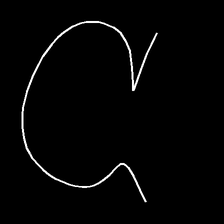
Glyph: weave